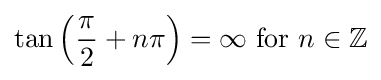
\tan \left({\frac {\pi }{2}}+n\pi \right)=\infty {\text{ for }}n\in \mathbb {Z}